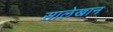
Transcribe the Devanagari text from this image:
सालेखान